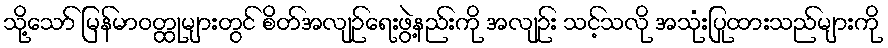
သို့သော် မြန်မာဝတ္ထုများတွင် စိတ်အလျဉ်ရေးဖွဲ့နည်းကို အလျဉ်း သင့်သလို အသုံးပြုထားသည်များကို